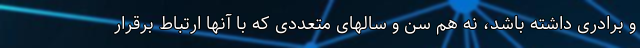
و برادری داشته باشد، نه هم سن و سالهای متعددی که با آنها ارتباط برقرار